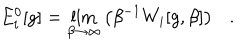
E _ { i } ^ { 0 } [ g ] = \lim _ { \beta \rightarrow \infty } \left( \beta ^ { - 1 } W _ { i } [ g , \beta ] \right) .